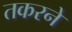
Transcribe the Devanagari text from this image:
तकरने